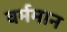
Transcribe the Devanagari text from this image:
वर्ममान